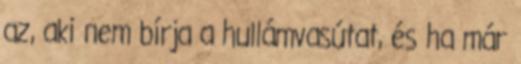
az, aki nem bírja a hullámvasútat, és ha már